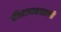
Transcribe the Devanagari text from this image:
इतिहासकारानी